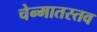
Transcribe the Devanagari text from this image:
चेन्मातस्तव